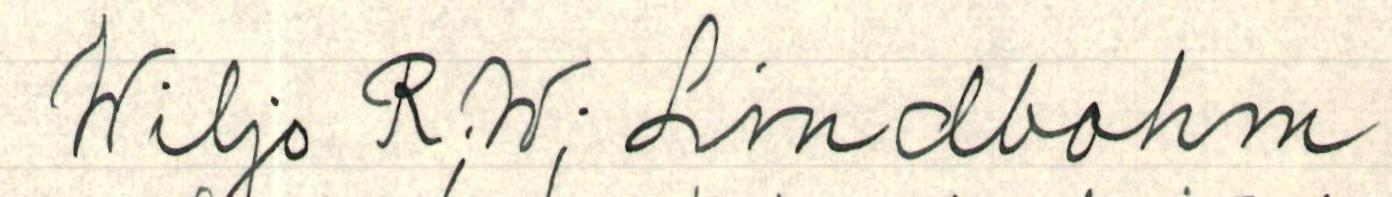
Wiljo R;W; Lindbohm